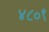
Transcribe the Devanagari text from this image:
४८०९